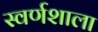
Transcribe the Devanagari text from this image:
स्वर्णशाला